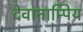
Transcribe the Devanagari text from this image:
देवानाम्पिय